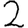
Digit: 2